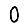
Digit: 0